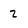
Character: 2